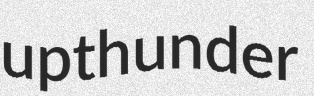
upthunder